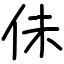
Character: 佅